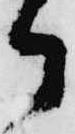
郎